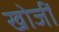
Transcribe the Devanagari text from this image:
खोजीं